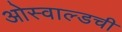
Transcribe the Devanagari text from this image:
ओस्वाल्डची